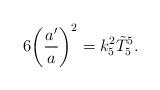
LaTeX: \begin{align*}6\biggl (\frac{a'}{a}\biggr )^{2}=k_{5}^{2}\tilde{T}^{5}_{5}.\end{align*}